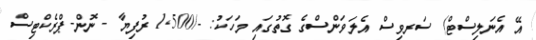
އޭ އެނަލިސްޓް) ސަރވިސް އެލަވަންސްގެ ގޮތުގައި މަހަކު: -/1